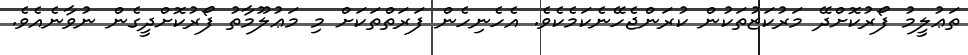
ތަޢުލީމު ފޯރުކޮށްދޭ މަރުކަޒުތަކުން ކުރަންޖެހޭނެކަމެކެވެ. އެހެނިހެން ފަރަތްތަކަށް މި މަޢުލޫމާތު ފޯރުކޮށްދީގެން ނުވާނެއެވެ.